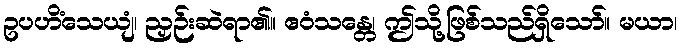
ဥပဟိံသေယျံ၊ ညှဉ်းဆဲရာ၏။ ဧဝံသန္တေ၊ ဤသို့ဖြစ်သည်ရှိသော်။ မယာ၊